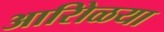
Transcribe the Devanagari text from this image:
आरोिळया